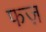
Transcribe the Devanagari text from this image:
फज़